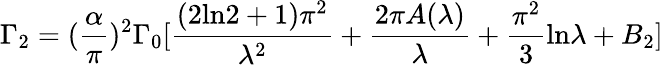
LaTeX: \Gamma_{2}=({\frac{\alpha}{\pi}})^{2}\Gamma_{0}[{\frac{(2\mathrm{ln}2+1)\pi^{2}}{\lambda^{2}}}+{\frac{2\pi A(\lambda)}{\lambda}}+{\frac{\pi^{2}}{3}}\mathrm{ln}\lambda+B_{2}]